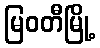
မြဝတီမြို့